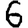
Digit: 6